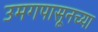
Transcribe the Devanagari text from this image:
उमगपासूनच्या